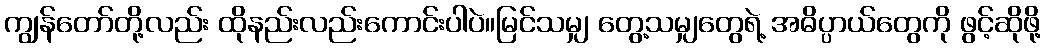
ကျွန်တော်တို့လည်း ထိုနည်းလည်းကောင်းပါပဲ။မြင်သမျှ တွေ့သမျှတွေရဲ့ အဓိပ္ပာယ်တွေကို ဖွင့်ဆိုဖို့